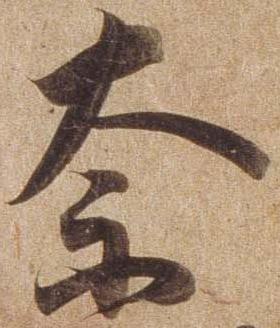
奈